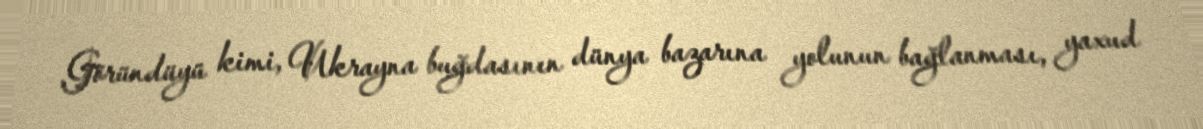
Göründüyü kimi, Ukrayna buğdasının dünya bazarına yolunun bağlanması, yaxud